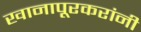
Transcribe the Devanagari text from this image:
खानापूरकरांनी